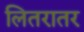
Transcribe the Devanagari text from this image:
लितरातर